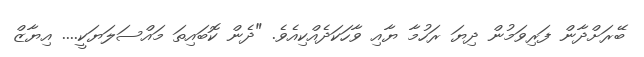
ބޭރަށްދާން ފަރިވަމުން ދިޔަ ރަހުމާ ޔާއި ވާހަކަދެއްކިއެވެ. "ދެން ކޮބައިތަ މައްސަލަޔަކީ.... އިޔާޒް